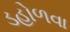
ડહોળવા